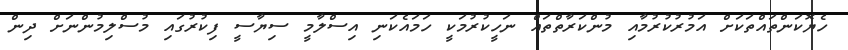
ހެޔޮކަންތައްތަކަށް އަމުރުކުރުމާއި މުންކަރާތްތައް ނަހީކުރުމަކީ ހަމައެކަނި އިސްލާމީ ސިޔާސީ ފިކުރުގައި މުސްލިމުންނަށް ދިން